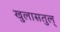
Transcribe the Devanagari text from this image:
खुलासतुल्